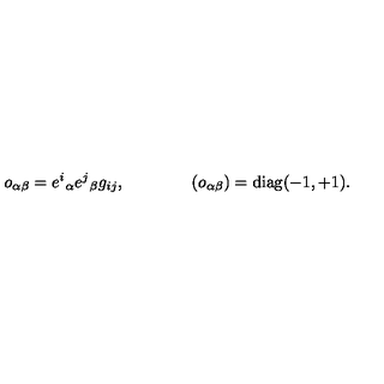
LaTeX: o _ { \alpha \beta } = e ^ { i } { } _ { \alpha } e ^ { j } { } _ { \beta } g _ { i j } , \qquad \qquad ( o _ { \alpha \beta } ) = \mathrm { d i a g } ( - 1 , + 1 ) .